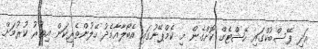
އަދި ފޭސްބުކްގައި ހޭޝްޓެގް ކޮށްގެން މި ކެމްޕޭނުގައި އެބޯލާއާމެދު ހޭލުންތެރިކަން އިތުރު ކުރުމަށް